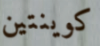
كوينتين